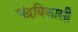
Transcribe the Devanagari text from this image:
चंद्रविकासी